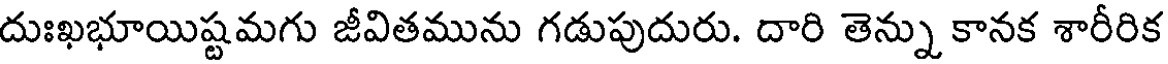
దుఃఖభూయిష్టమగు జీవితమును గడుపుదురు. దారి తెన్ను కానక శారీరిక